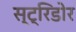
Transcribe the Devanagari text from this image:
स्ट्रिडोर